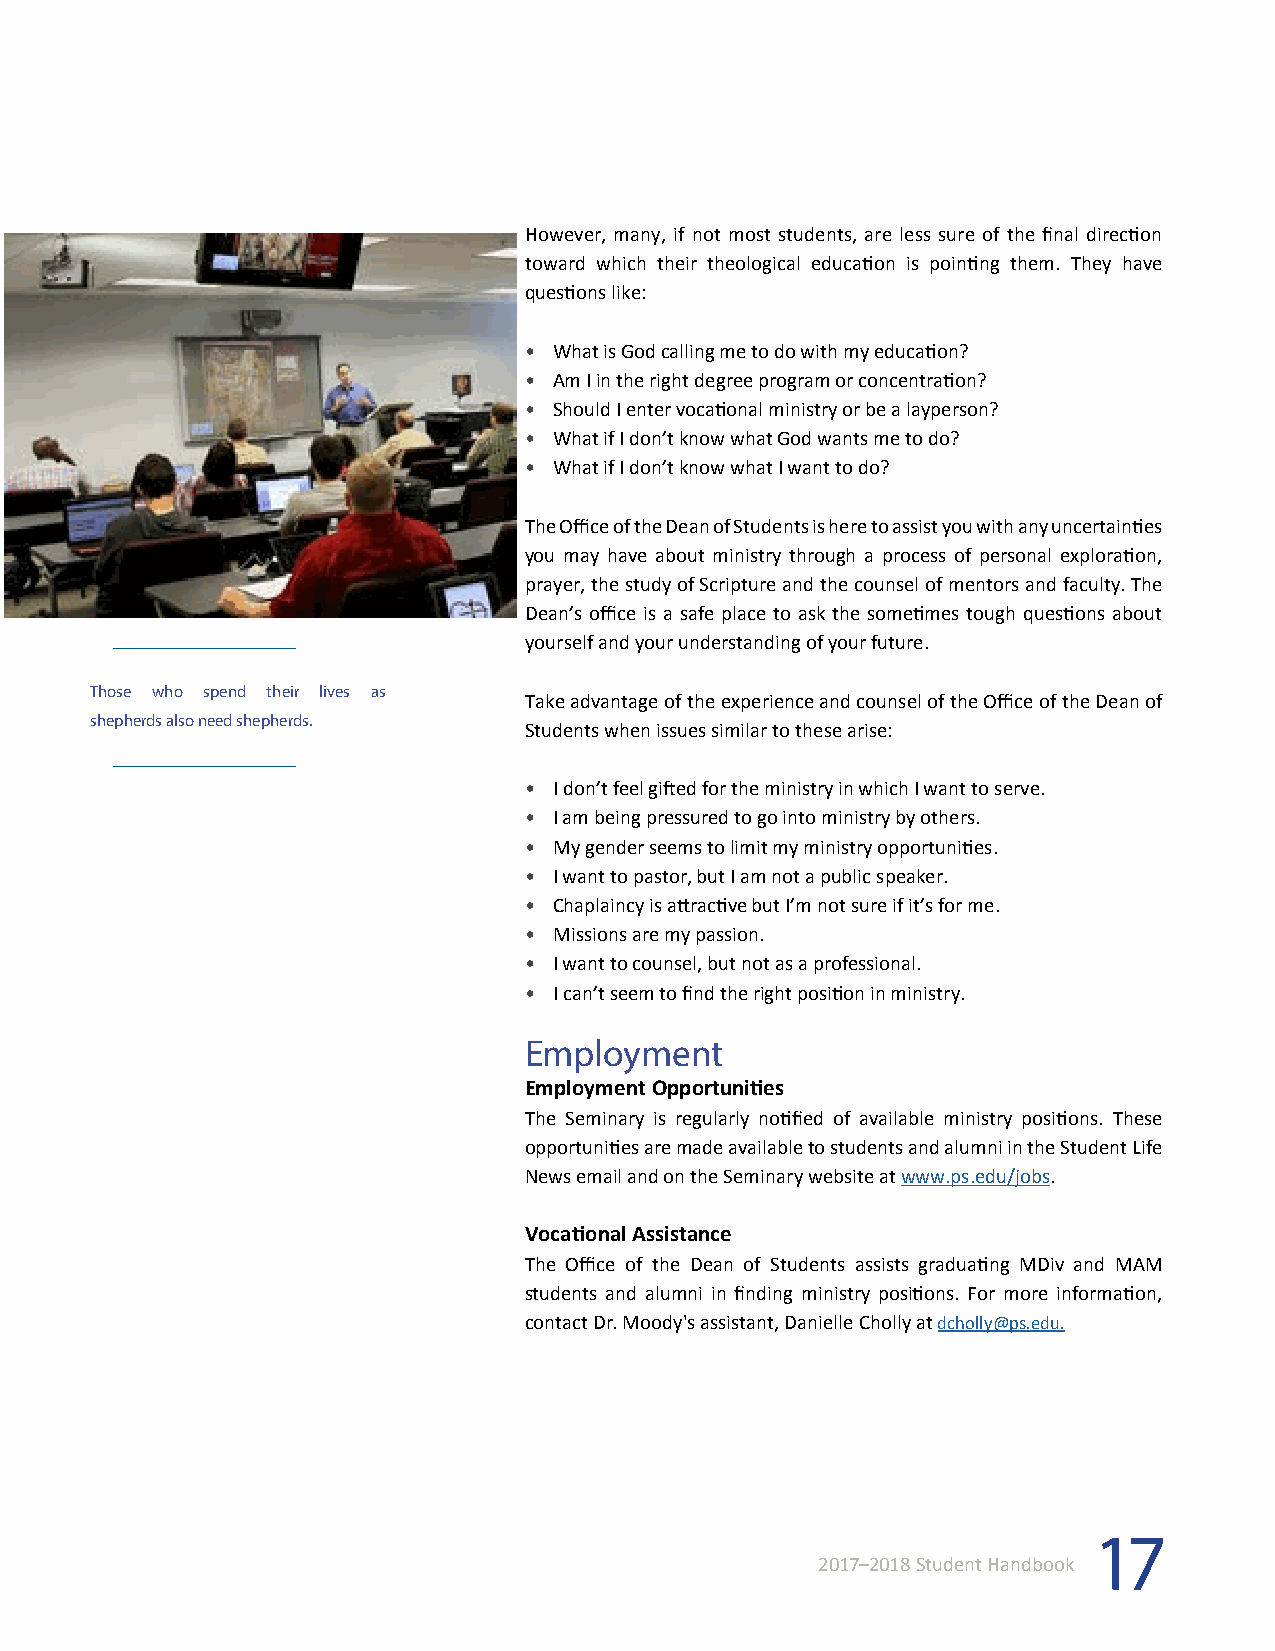
However, many, if not most students, are less sure of the final direction
 toward which their theological education is pointing them. They have
 questions like:
 • What is God calling me to do with my education?
 • Am I in the right degree program or concentration?
 • Should I enter vocational ministry or be a layperson?
 • What if I don’t know what God wants me to do?
 • What if I don’t know what I want to do?
 The Office of the Dean of Students is here to assist you with any uncertainties
 you may have about ministry through a process of personal exploration,
 prayer, the study of Scripture and the counsel of mentors and faculty. The
 Dean’s office is a safe place to ask the sometimes tough questions about
 yourself and your understanding of your future.
 Those who spend their lives as
 Take advantage of the experience and counsel of the Office of the Dean of
 shepherds also need shepherds.
 Students when issues similar to these arise:
 • I don’t feel gifted for the ministry in which I want to serve.
 • I am being pressured to go into ministry by others.
 • My gender seems to limit my ministry opportunities.
 • I want to pastor, but I am not a public speaker.
 • Chaplaincy is attractive but I’m not sure if it’s for me.
 • Missions are my passion.
 • I want to counsel, but not as a professional.
 • I can’t seem to find the right position in ministry.
 Employment
 Employment Opportunities
 The Seminary is regularly notified of available ministry positions. These
 opportunities are made available to students and alumni in the Student Life
 News email and on the Seminary website at www.ps.edu/jobs.
 Vocational Assistance
 The Office of the Dean of Students assists graduating MDiv and MAM
 students and alumni in finding ministry positions. For more information,
 contact Dr. Moody's assistant, Danielle Cholly at dcholly@ps.edu.
 17
 2017–2018 Student Handbook